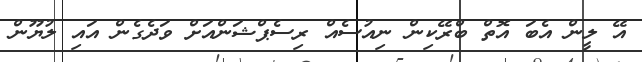
އޭ ލީން އެބަ އޮތް ބްރޭކިން ނިއުސެއް ރިސެޕްޝަންއަށް ވަދެގެން އައި ލުޔޫން